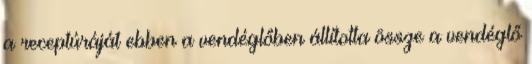
a receptúráját ebben a vendéglőben állította össze a vendéglő